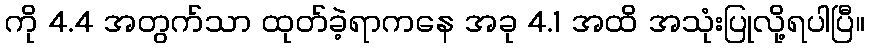
ကို 4.4 အတွက်သာ ထုတ်ခဲ့ရာကနေ အခု 4.1 အထိ အသုံးပြုလို့ရပါပြီ။